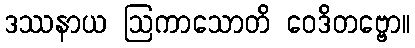
ဒဿနာယ ဩကာသောတိ ဝေဒိတဗ္ဗော။